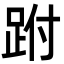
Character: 跗